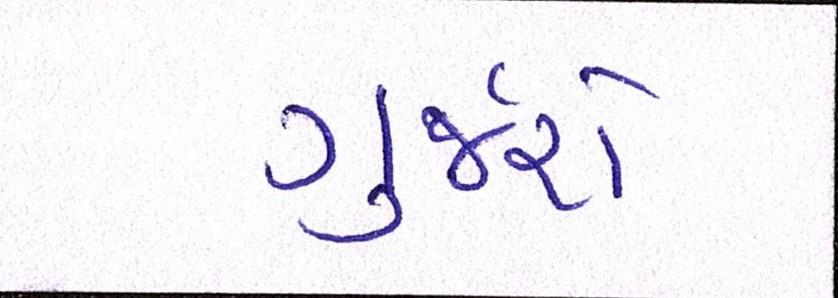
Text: ગુર્જરો